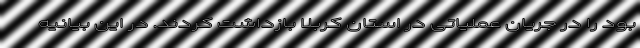
بود را در جریان عملیاتی در استان کربلا بازداشت کردند. در این بیانیه